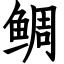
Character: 鲷